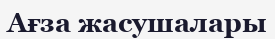
Ағза жасушалары